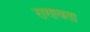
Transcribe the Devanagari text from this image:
रागावता